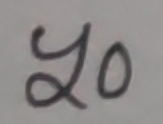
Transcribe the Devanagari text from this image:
८०